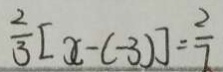
\frac { 2 } { 3 } [ x - ( - 3 ) ] = \frac { 2 } { 7 }